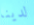
لدينا